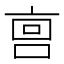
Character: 𫪮